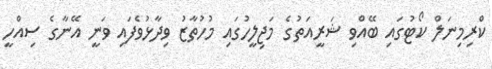
ކްރިމިނަލް ކޯޓުގައި ބޭއްވި ޝަރީއަތުގެ މަޖިލީހުގައި މުހުތާޒު ވިދާޅުވެފައި ވަނީ އޭނާގެ ސިއްހީ